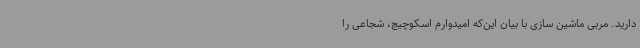
دارید. مربی ماشین سازی با بیان این‌که امیدوارم اسکوچیچ، شجاعی را